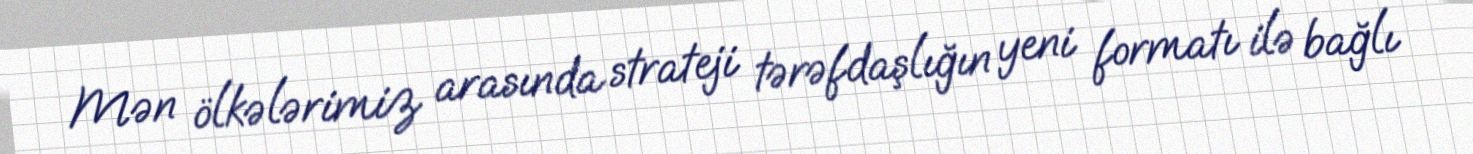
Mən ölkələrimiz arasında strateji tərəfdaşlığın yeni formatı ilə bağlı